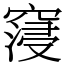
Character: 䆮